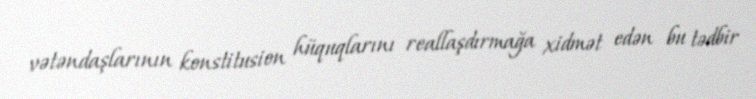
vətəndaşlarının konstitusion hüquqlarını reallaşdırmağa xidmət edən bu tədbir